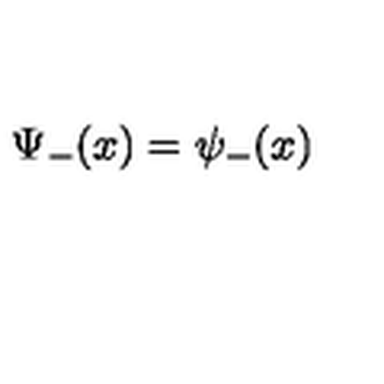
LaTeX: \Psi _ { - } ( x ) = \psi _ { - } ( x )